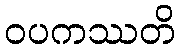
ဝပကဿတိ